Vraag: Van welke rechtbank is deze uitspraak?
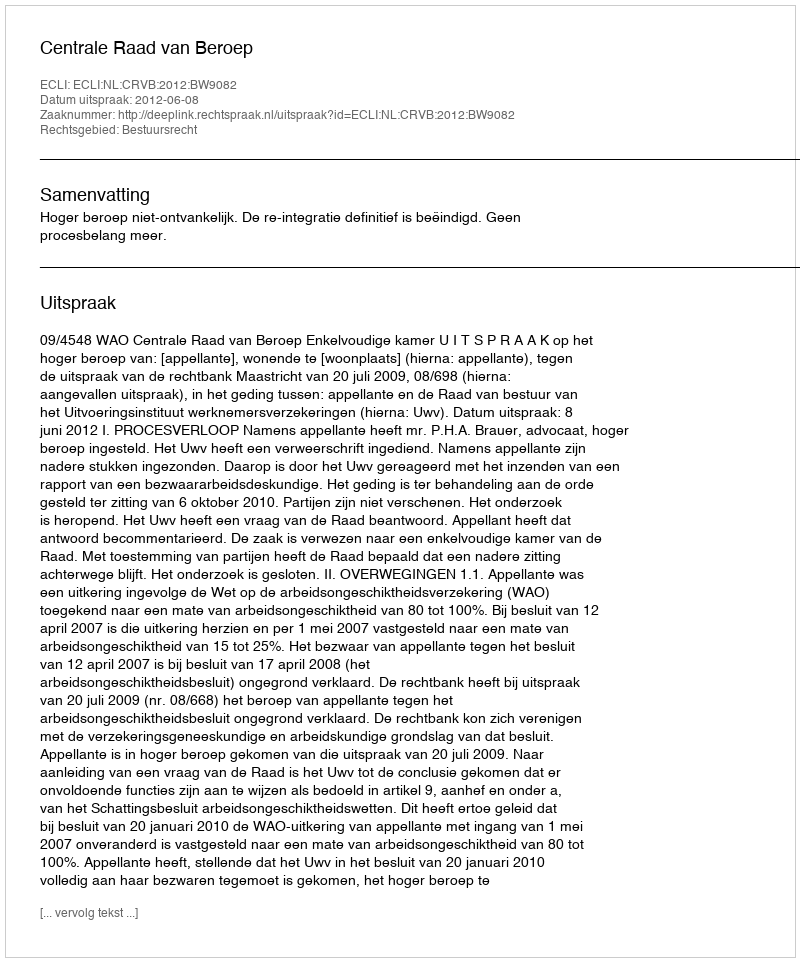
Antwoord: Centrale Raad van Beroep